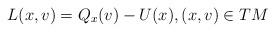
LaTeX: \begin{align*}L(x,v)= Q_{x}(v)- U(x),(x,v)\in TM\end{align*}